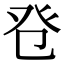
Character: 𤼥